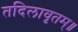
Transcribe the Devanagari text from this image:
तदिलावृतम्॥